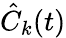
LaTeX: \hat{C}_{k}(t)